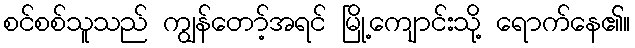
စင်စစ်သူသည် ကျွန်တော့်အရင် မြို့ကျောင်းသို့ ရောက်နေ၏။